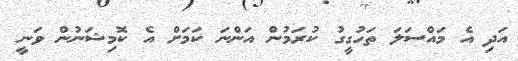
އަދި އެ މައްސަލަ ތަހުގީގު ކުރަމުން އަންނަ ކަމަށް އެ ކޮމިޝަނުން ވަނީ